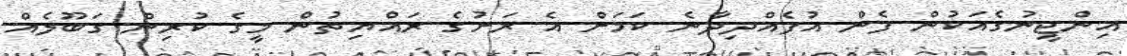
އިންޖީނުގެއަކުން ފެން އުފެއްދިދާނެ ކަމަށް އެ ރަށުގެ ރައްޔިތުން މީގެ ކުރިން ގަބޫލެއް